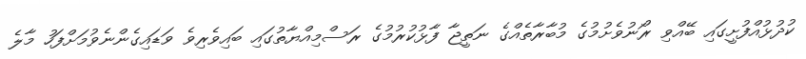
ކުދުޅުއްފުށީގައި ބޭއްވި ރޯނުވެށުމުގެ މުބާރާތެއްގެ ނަތީޖާ ފާޅުކުރުމުގެ ރަސްމިއްޔާތުގައި ބައިވެރިވެ ވަޑައިގެންނެވުމަށްފަހު މާލެ